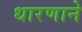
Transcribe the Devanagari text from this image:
धारणाने